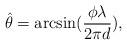
LaTeX: \begin{align*}\hat{\theta}=\arcsin(\frac{\phi\lambda}{2\pi d}),\end{align*}